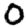
Digit: 0